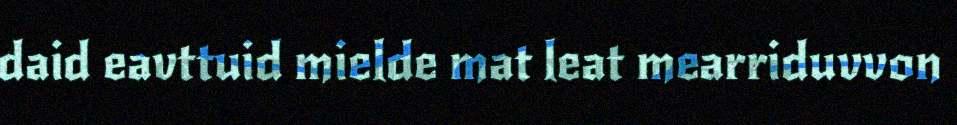
daid eavttuid mielde mat leat mearriduvvon